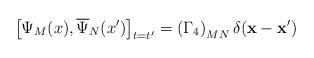
LaTeX: \begin{align*}\left[ \Psi _M(x),\overline{\Psi }_N(x^{\prime })\right] _{t=t^{\prime}}=\left( \Gamma _4\right) _{MN}\delta (\mathbf{x}-\mathbf{x}^{\prime })\end{align*}